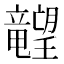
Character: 𬂙